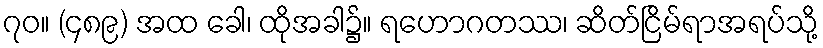
၇၀။ (၄၈၉) အထ ခေါ၊ ထိုအခါ၌။ ရဟောဂတဿ၊ ဆိတ်ငြိမ်ရာအရပ်သို့